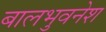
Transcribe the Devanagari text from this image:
बालभुवनेश